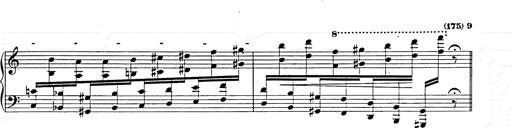
Title: Hungarian Rhapsody No.15
Composer: Franz Liszt
Key: A minor